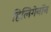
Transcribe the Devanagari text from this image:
हिलिगेनॉन